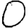
Digit: 0